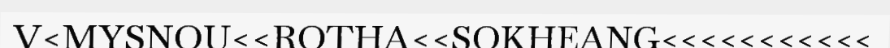
V<MYSNOU<<ROTHA<<SOKHEANG<<<<<<<<<<<